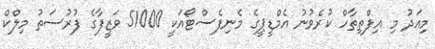
މިއަދު މި އިފްތިތާހް ކުރެވުނު އެމްޑީޕީގެ މެނިފެސްޓޯއަކީ 51000 ވަޒީފާގެ ފުރުސަތު މިލްކް